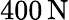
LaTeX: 400\, \mathrm{N}